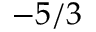
- 5 / 3